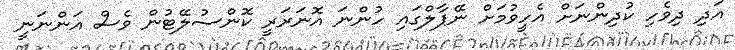
އަދި ދިވެހި ކުދިންނަށް އެހީވުމަށް ނޭޕާލްގައި ހުންނަ އޮނަރަރީ ކޮންސުލޭޓުން ވެސް އަންނަނީ